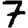
Digit: 7